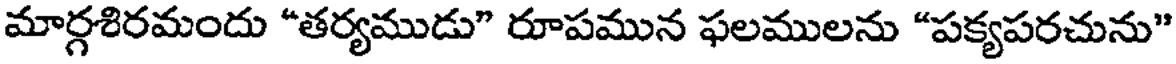
మార్గశిరమందు "తర్యముడు" రూపమున ఫలములను "పక్యపరచును"